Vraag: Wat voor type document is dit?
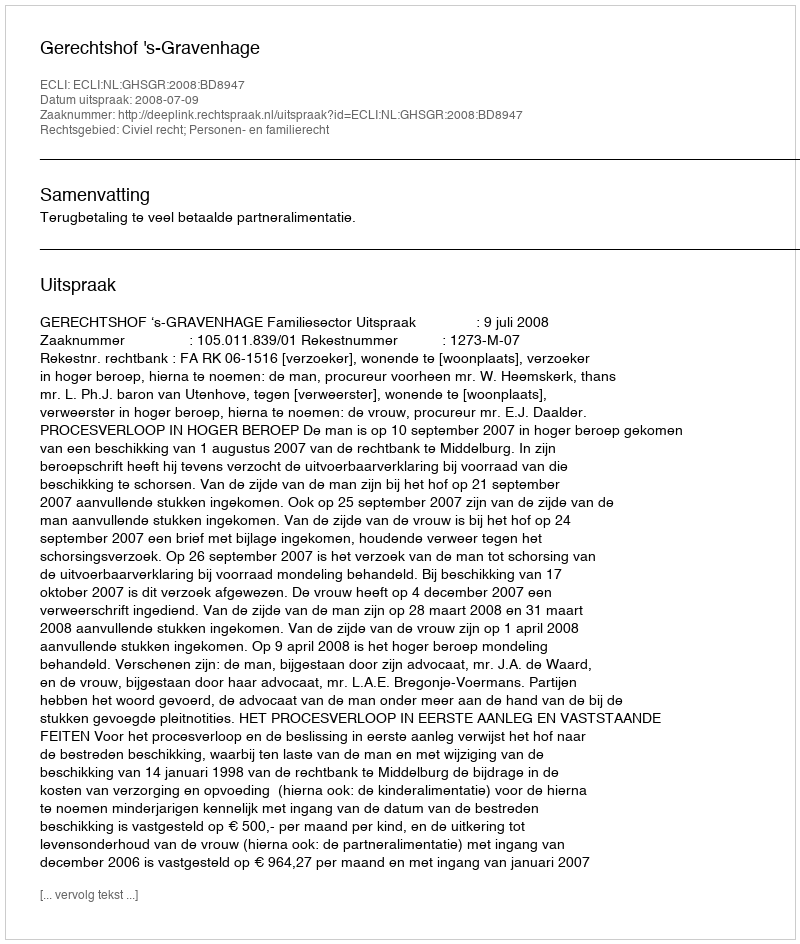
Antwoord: Uitspraak